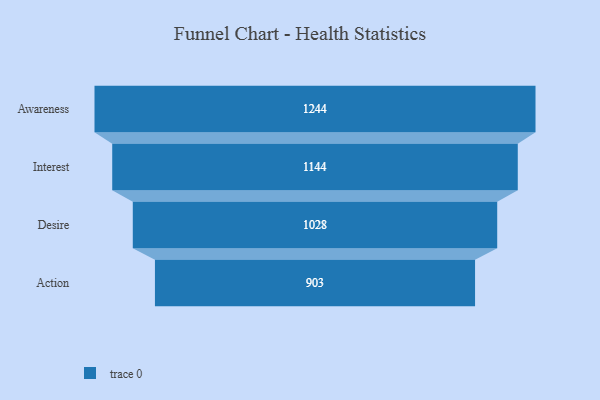
{"axis": {"x": "Stage", "y": "Value"}, "legend": [""], "data": [{"x": "Awareness", "y": 1244.0, "type": ""}, {"x": "Interest", "y": 1144.0, "type": ""}, {"x": "Desire", "y": 1028.0, "type": ""}, {"x": "Action", "y": 903.0, "type": ""}]}